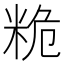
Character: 𮇙